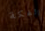
الفكة